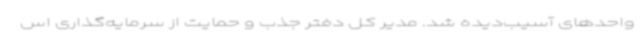
واحدهای آسیب‌دیده شد. مدیر کل دفتر جذب و حمایت از سرمایه‌گذاری اس